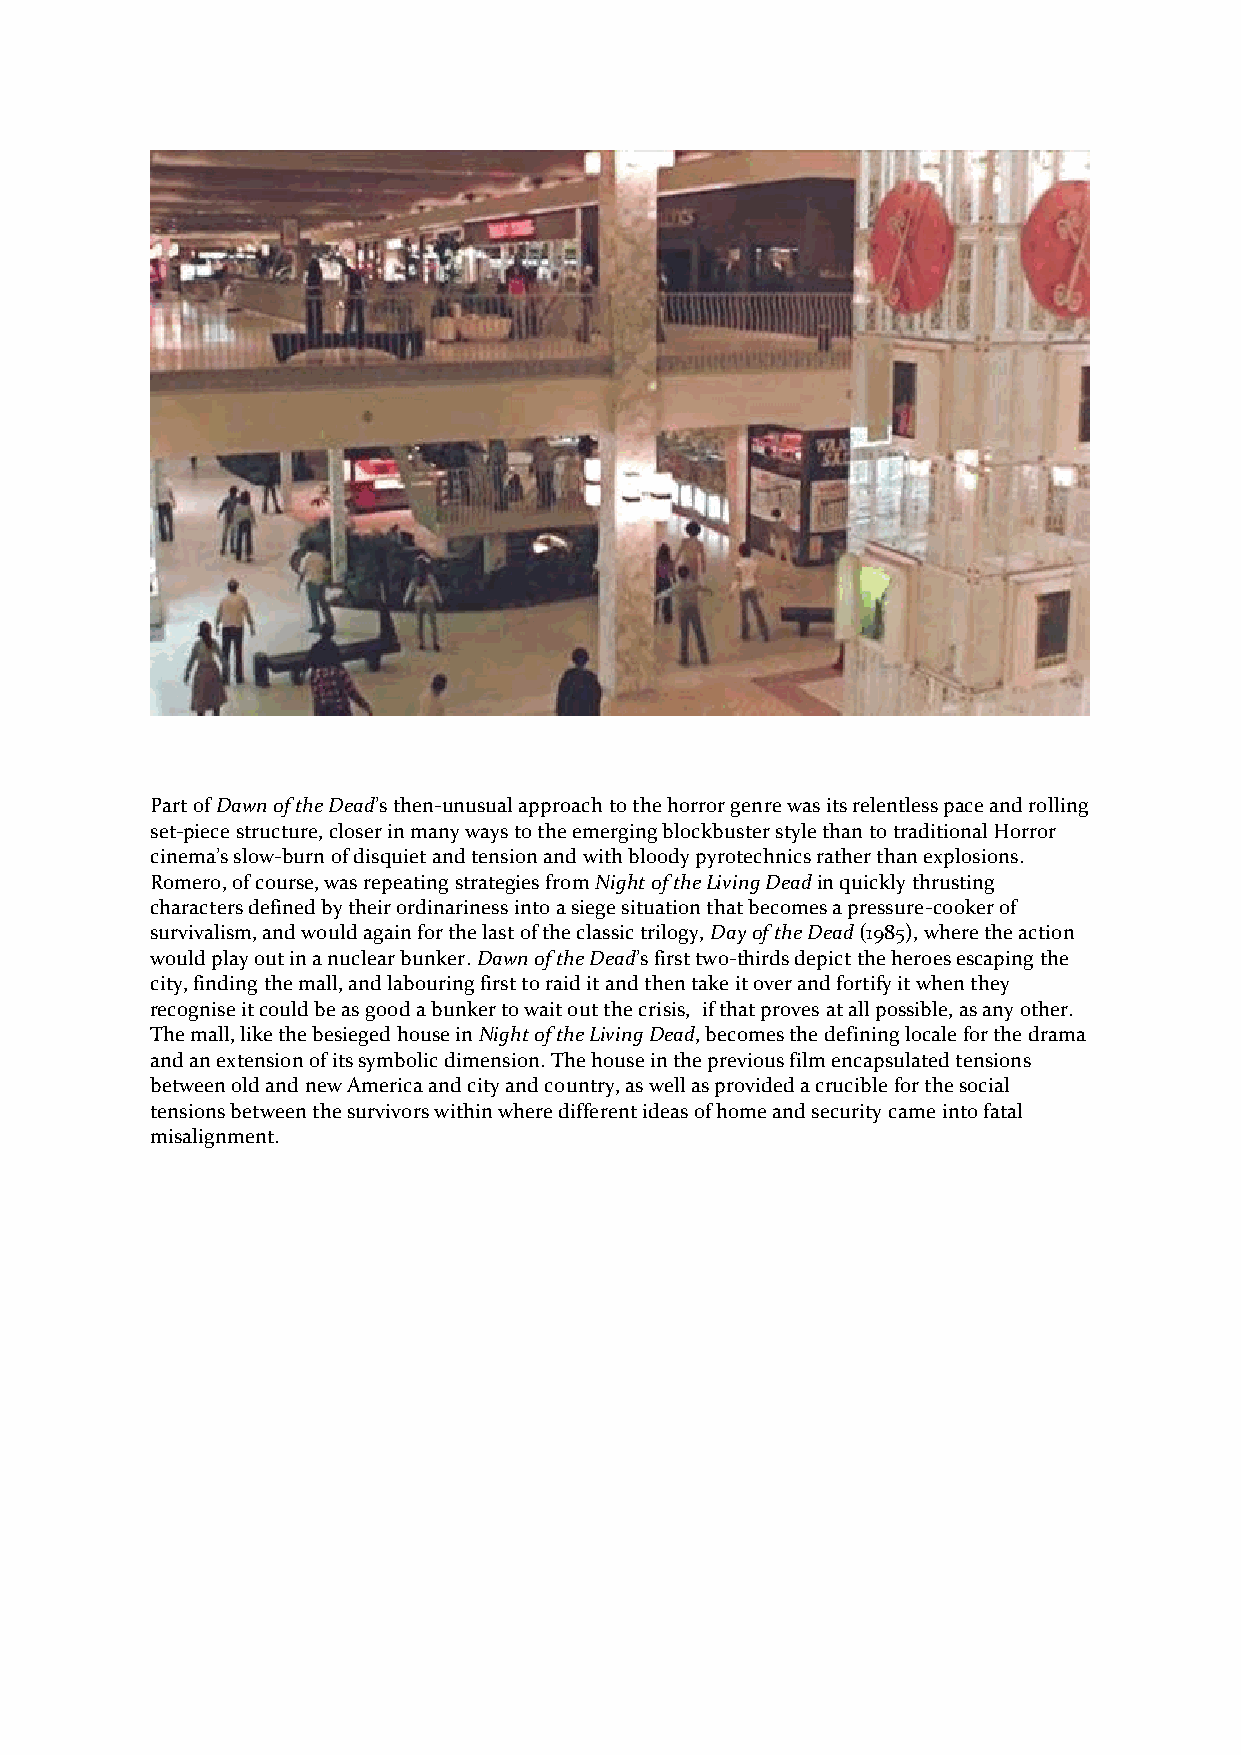
Part of Dawn of the Dead’s then-unusual approach to the horror genre was its relentless pace and rolling
 set-piece structure, closer in many ways to the emerging blockbuster style than to traditional Horror
 cinema’s slow-burn of disquiet and tension and with bloody pyrotechnics rather than explosions.
 Romero, of course, was repeating strategies from Night of the Living Dead in quickly thrusting
 characters defined by their ordinariness into a siege situation that becomes a pressure-cooker of
 survivalism, and would again for the last of the classic trilogy, Day of the Dead (1985), where the action
 would play out in a nuclear bunker. Dawn of the Dead’s first two-thirds depict the heroes escaping the
 city, finding the mall, and labouring first to raid it and then take it over and fortify it when they
 recognise it could be as good a bunker to wait out the crisis, if that proves at all possible, as any other.
 The mall, like the besieged house in Night of the Living Dead, becomes the defining locale for the drama
 and an extension of its symbolic dimension. The house in the previous film encapsulated tensions
 between old and new America and city and country, as well as provided a crucible for the social
 tensions between the survivors within where different ideas of home and security came into fatal
 misalignment.